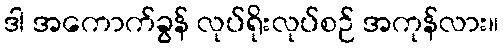
ဒါ အကောက်ခွန် လုပ်ရိုးလုပ်စဉ် အကုန်လား။